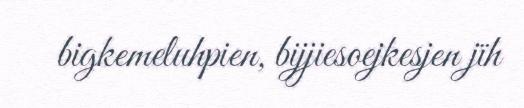
bigkemeluhpien, bijjiesoejkesjen jïh